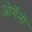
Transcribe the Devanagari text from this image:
ओर्गेनो